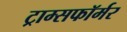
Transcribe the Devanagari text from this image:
ट्राम्सफॉर्मर